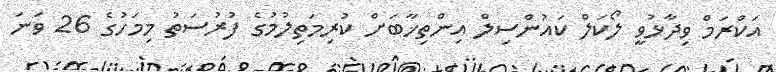
އަކްރަމް ވިދާޅުވީ ލޯކަލް ކައުންސިލް އިންތިޚާބަށް ކުރިމަތިލުމުގެ ފުރުސަތު މިމަހުގެ 26 ވަނަ